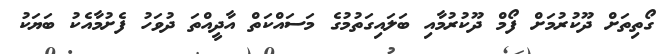
ގޯތިތަށް ދޫކުރުމަށް ފޯމް ދޫކުރުމާއި ބަލައިގަތުމުގެ މަސައްކަތް އާދީއްތަ ދުވަހު ފެށުމާއެކު ބަޔަކު